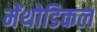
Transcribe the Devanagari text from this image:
मेंथोडिकल